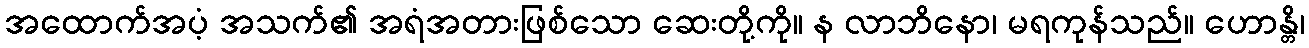
အထောက်အပံ့ အသက်၏ အရံအတားဖြစ်သော ဆေးတို့ကို။ န လာဘိနော၊ မရကုန်သည်။ ဟောန္တိ၊